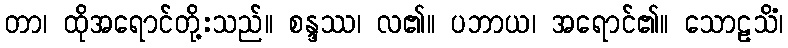
တာ၊ ထိုအရောင်တို့းသည်။ စန္ဒဿ၊ လ၏။ ပဘာယ၊ အရောင်၏။ သောဠသိံ၊